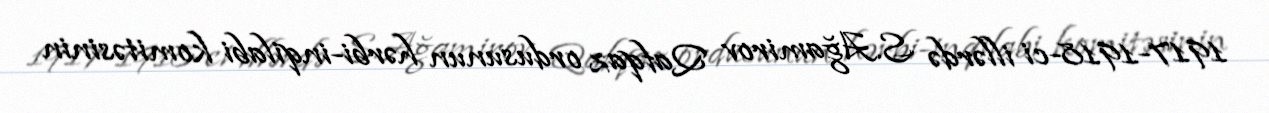
1917-1918-ci illərdə S.Ağamirov Qafqaz ordusunun hərbi-inqilabi komitəsinin